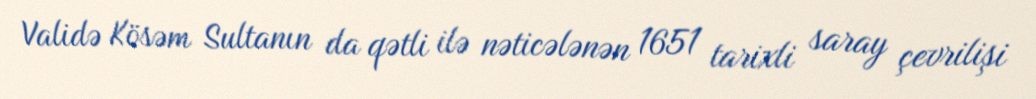
Validə Kösəm Sultanın da qətli ilə nəticələnən 1651 tarixli saray çevrilişi